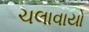
ચલાવાયો